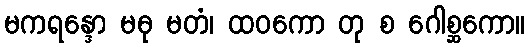
မကရန္ဒော မဓု မတံ၊ ထဝကော တု စ ဂေါစ္ဆကော။